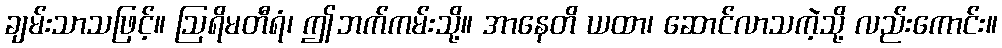
ချမ်းသာသဖြင့်။ ဩရိမတီရံ၊ ဤဘက်ကမ်းသို့။ အာနေတိ ယထာ၊ ဆောင်လာသကဲ့သို့ လည်းကောင်း။